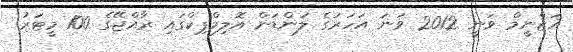
އަޒްނީމް ވަނީ 2012 ވަނަ އަހަރުގެ ލަންޑަން އޮލިމްޕިކްގައި ރާއްޖޭގެ 100 މީޓަރު